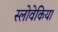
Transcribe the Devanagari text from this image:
स्लोवेकिया